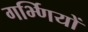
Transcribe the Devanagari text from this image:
गर्भ्णियों